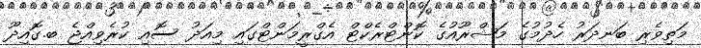
މަތިވެރި ބަނދަރު ހެދުމުގެ މަޝްރޫއުގެ ކޮންޓްރެކްޓް އެގްރީމަންޓްގައި މިއަދު ސޮއި ކުރެވިއްޖެ ބ.ގޮއިދޫ